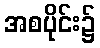
အစပိုင်း၌